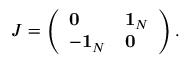
J = \left( \begin{array} { l l } { { { \bf 0 } } } & { { { \bf 1 } _ { N } } } \\ { { - { \bf 1 } _ { N } } } & { { { \bf 0 } } } \end{array} \right) .